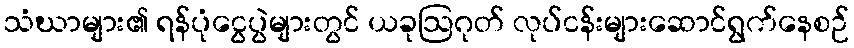
သံဃာများ၏ ရန်ပုံငွေပွဲများတွင် ယခုဩဂုတ် လုပ်ငန်းများဆောင်ရွက်နေစဉ်